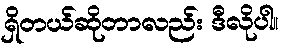
ရှိတယ်ဆိုတာလည်း ဒီလိုပါ။